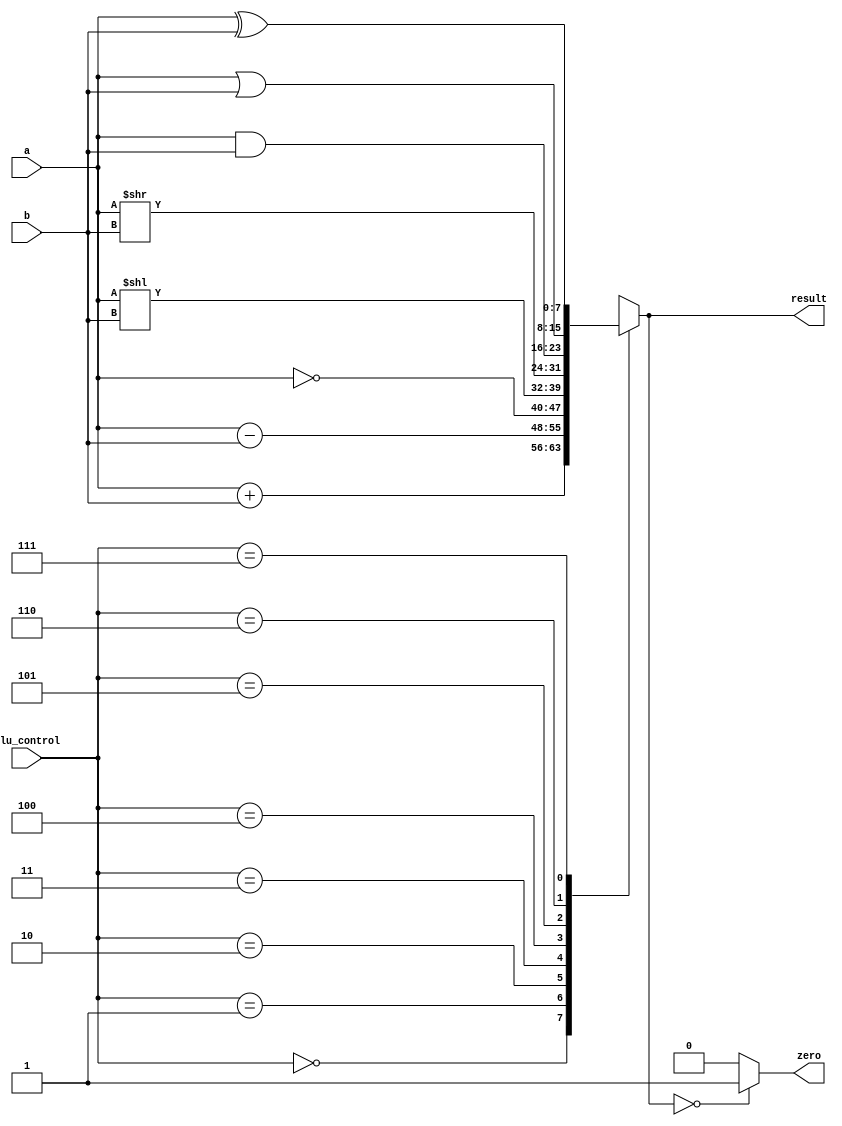
module ALU(
 input  [7:0] a,  //src1
 input  [7:0] b,  //src2
 input  [2:0] alu_control, //function sel
 
 output reg [7:0] result,  //result 
 output zero
    );

always @(*)
begin 
 case(alu_control)
 3'b000: result = a + b; // add
 3'b001: result = a - b; // sub
 3'b010: result = ~a;
 3'b011: result = a<<b;
 3'b100: result = a>>b;
 3'b101: result = a & b; // and
 3'b110: result = a | b; // or
 3'b111: result = a ^ b; // xor
 default:result = a + b; // add
 endcase
end
assign zero = (result==8'd0) ? 1'b1: 1'b0;
 
endmodule